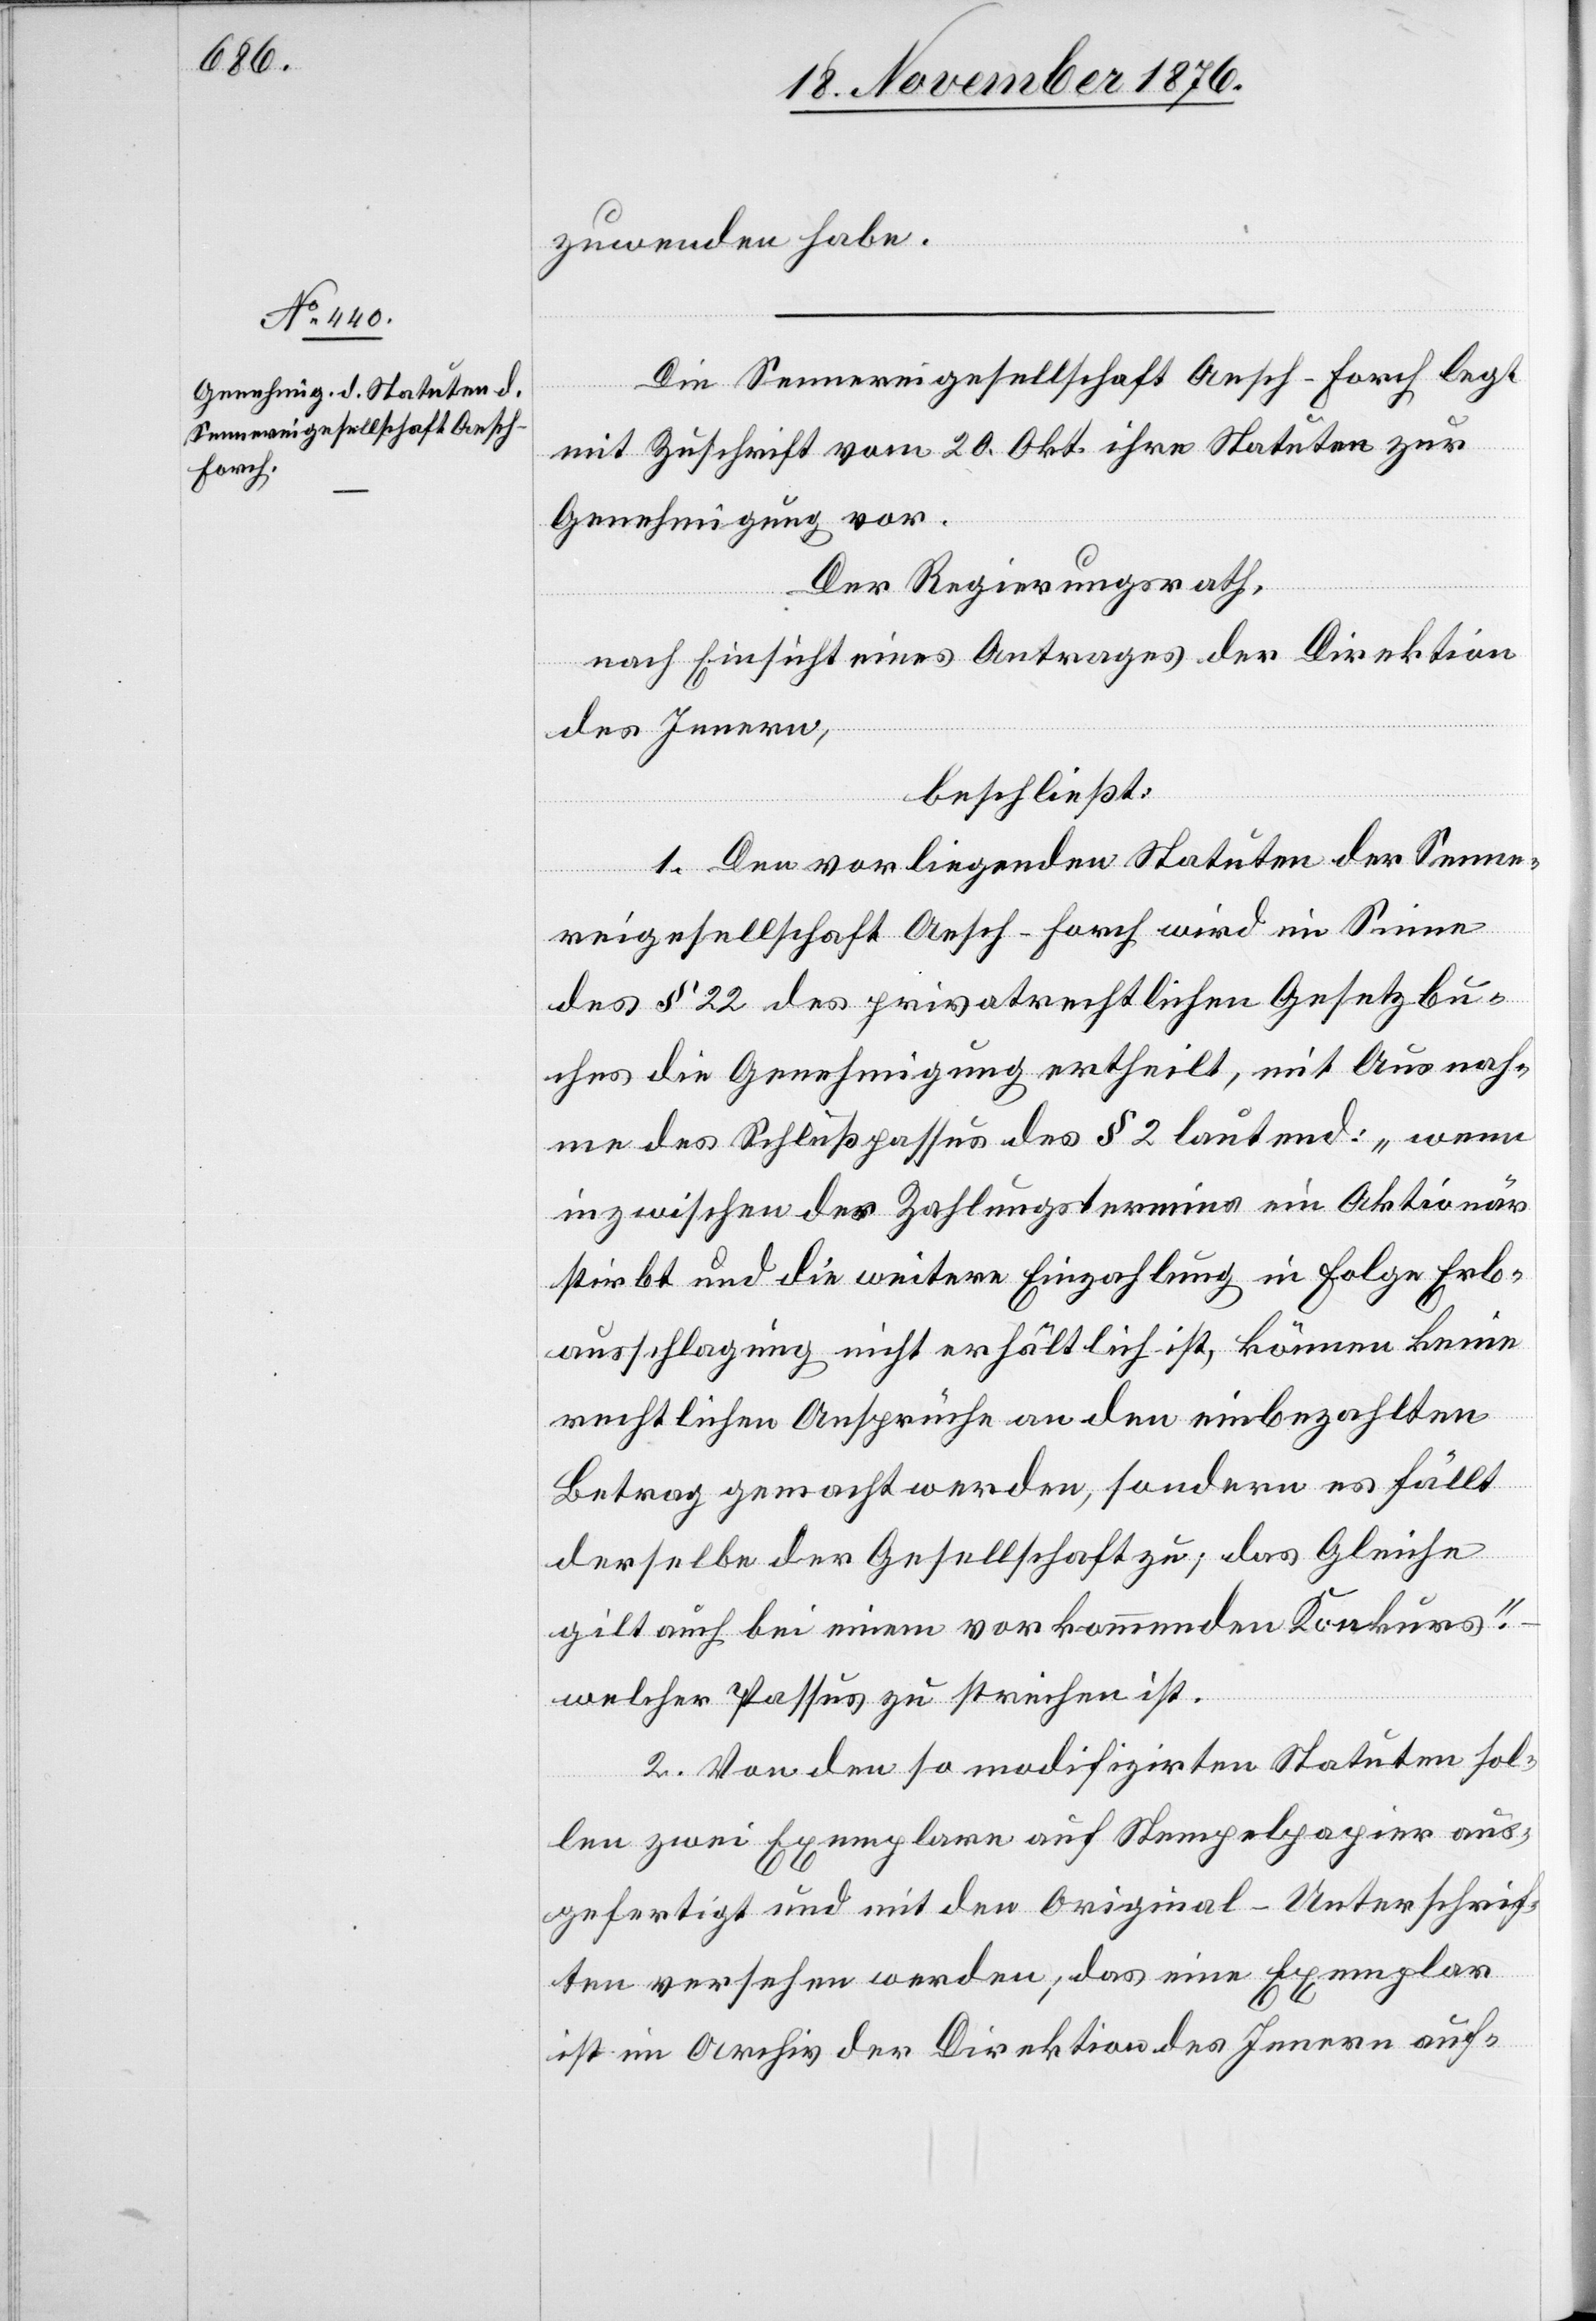
zuwenden habe.
Die Sennereigesellschaft Aesch - Forch legt
mit Zuschrift vom 20. Okt. ihre Statuten zur
Genehmigung vor.
Der Regierungsrath,
nach Einsicht eines Antrages der Direktion
des Innern,
beschließt:
1. Den vorliegenden Statuten der Senne¬
reigesellschaft Aesch - Forch wird im Sinne
des § 22 des privatrechtlichen Gesetzbu¬
ches die Genehmigung ertheilt, mit Ausnah¬
me des Schlußpassus des § 2 lautend: „wenn
inzwischen des Zahlungstermins ein Aktionär
stirbt und die weitere Einzahlung in Folge Erb¬
ausschlagung nicht erhältlich ist, können keine
rechtlichen Ansprüche an den einbezahlten
Betrag gemacht werden, sondern es fällt
derselbe der Gesellschaft zu; das Gleiche
gilt auch bei einem vorkommenden Konkurs.“
welcher Passus z streichen ist.
2. Von den so modifizirten Statuten sol¬
len zwei Exemplare auf Stempelpapier aus¬
gefertigt und mit den Original-Unterschrif¬
ten versehen werden; das eine Exemplar
ist im Archiv der Direktion des Innern auf-